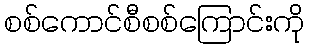
စစ်ကောင်စီစစ်ကြောင်းကို